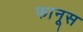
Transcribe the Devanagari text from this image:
फानूस